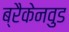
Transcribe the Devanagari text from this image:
ब्रैकेनवुड